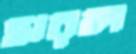
হারল